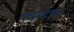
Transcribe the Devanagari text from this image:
पदमाकर